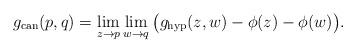
LaTeX: \begin{align*}g_{\mathrm{can}}(p,q)=\lim_{z\rightarrow p}\lim_{w\rightarrow q}\big(g_{\mathrm{hyp}}(z,w)-\phi(z)-\phi(w)\big).\end{align*}